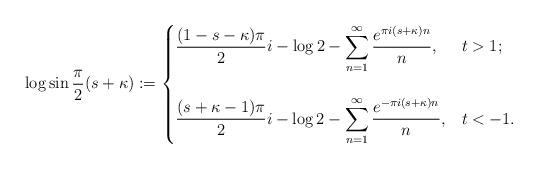
LaTeX: \begin{align*}\log{\sin{\frac{\pi}{2}(s+\kappa)}} :=\begin{cases}\displaystyle \frac{(1-s-\kappa)\pi}{2}i - \log{2} - \sum_{n=1}^\infty \frac{e^{\pi i(s+\kappa)n}}{n},& t>1; \\\\\displaystyle \frac{(s+\kappa-1)\pi}{2}i - \log{2} - \sum_{n=1}^\infty \frac{e^{-\pi i(s+\kappa)n}}{n},& t<-1.\end{cases}\end{align*}